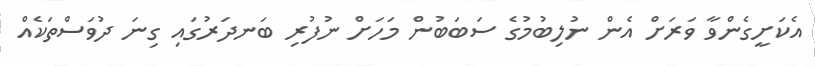
އެކަށީގެންވާ ވަރަށް އެން ނުލިބުމުގެ ސަބަބުން މަހަށް ނުފުރި ބަނދަރުގައި ގިނަ ދުވަސްތަކެއް